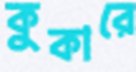
কুকারে